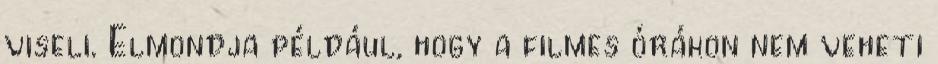
viseli. Elmondja például, hogy a filmes órákon nem veheti